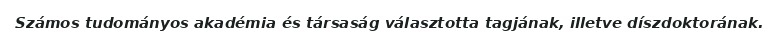
Számos tudományos akadémia és társaság választotta tagjának, illetve díszdoktorának.